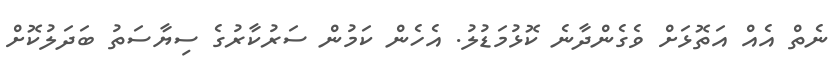
ނެތް އެއް އަތޮޅަށް ވެގެންދާނެ ކޮޅުމަޑުލު. އެހެން ކަމުން ސަރުކާރުގެ ސިޔާސަތު ބަދަލުކޮށް